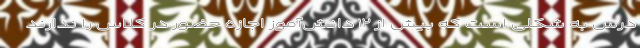
درس به شکلی است که بیش از ۱۲ دانش‌آموز اجازه حضور در کلاس را ندارند